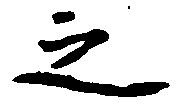
之